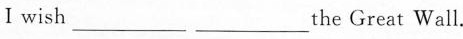
Ⅰwish__,__the Great Wall.